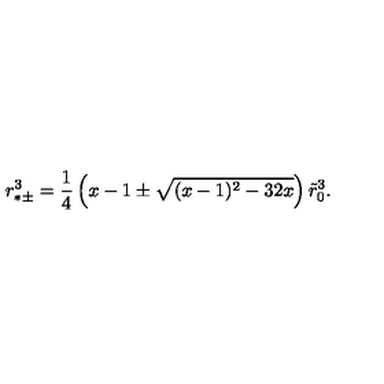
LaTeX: r _ { * \pm } ^ { 3 } = { \frac { 1 } { 4 } } \left( x - 1 \pm \sqrt { ( x - 1 ) ^ { 2 } - 3 2 x } \right) \tilde { r } _ { 0 } ^ { 3 } .